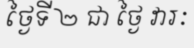
ថ្ងៃទី ២ ជា ថ្ងៃ វារៈ